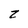
Character: z